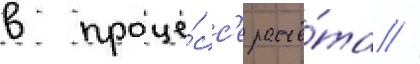
в проце́сс'е расчё́та //